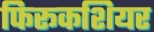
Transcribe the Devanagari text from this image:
फिरूकशियर